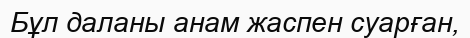
Бұл даланы анам жаспен суарған,